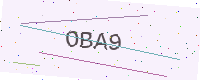
Text: OBA9